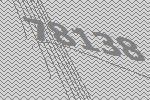
78138